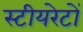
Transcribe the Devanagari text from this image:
स्टीयरेटों